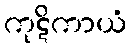
ကုဋိကာယံ